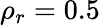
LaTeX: \rho_{r}=0.5